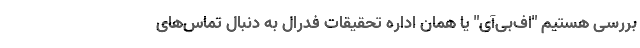
بررسی هستیم "اف‌بی‌آی" یا همان اداره تحقیقات فدرال به دنبال تماس‌های